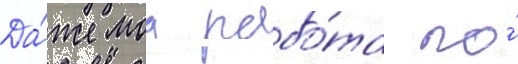
Да́же моа рабо́та по́